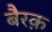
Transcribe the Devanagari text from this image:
बैरक़